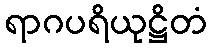
ရာဂပရိယုဋ္ဌိတံ